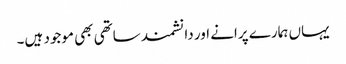
یہاں ہمارے پرانے اور دانشمند ساتھی بھی موجود ہیں۔